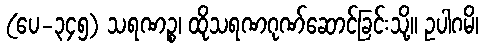
(ပေ-၃၄၅) သရဏဉ္စ၊ ထိုသရဏဂုဏ်ဆောင်ခြင်းသို့။ ဥပါဂမိ၊